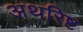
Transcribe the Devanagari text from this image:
अथरिष्ट